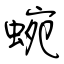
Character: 蜿